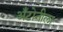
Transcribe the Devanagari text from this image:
अँटोनीला